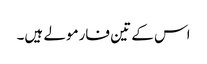
اس کے تین فارمولے ہیں۔